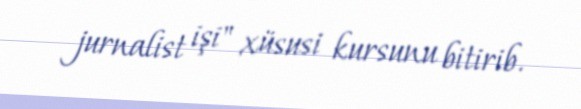
jurnalist işi" xüsusi kursunu bitirib.